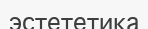
эстететика